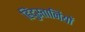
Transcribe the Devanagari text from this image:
हिंदुस्तानियों